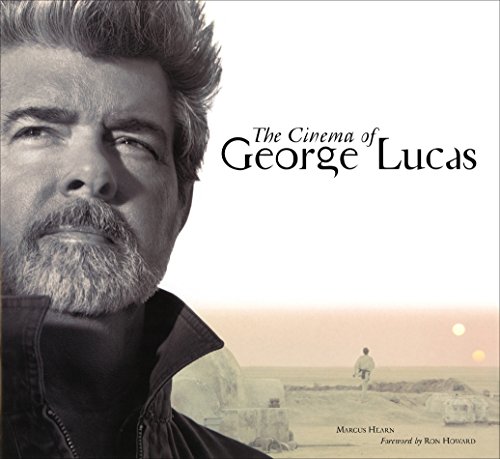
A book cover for The Cinema of George Lucas; Marcus Hearn; Biographies & Memoirs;